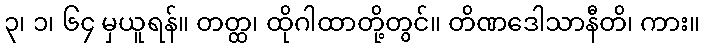
၃၊ ၁၊ ၆၄ မှယူရန်။ တတ္ထ၊ ထိုဂါထာတို့တွင်။ တိဏဒေါသာနီတိ၊ ကား။